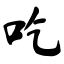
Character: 吃